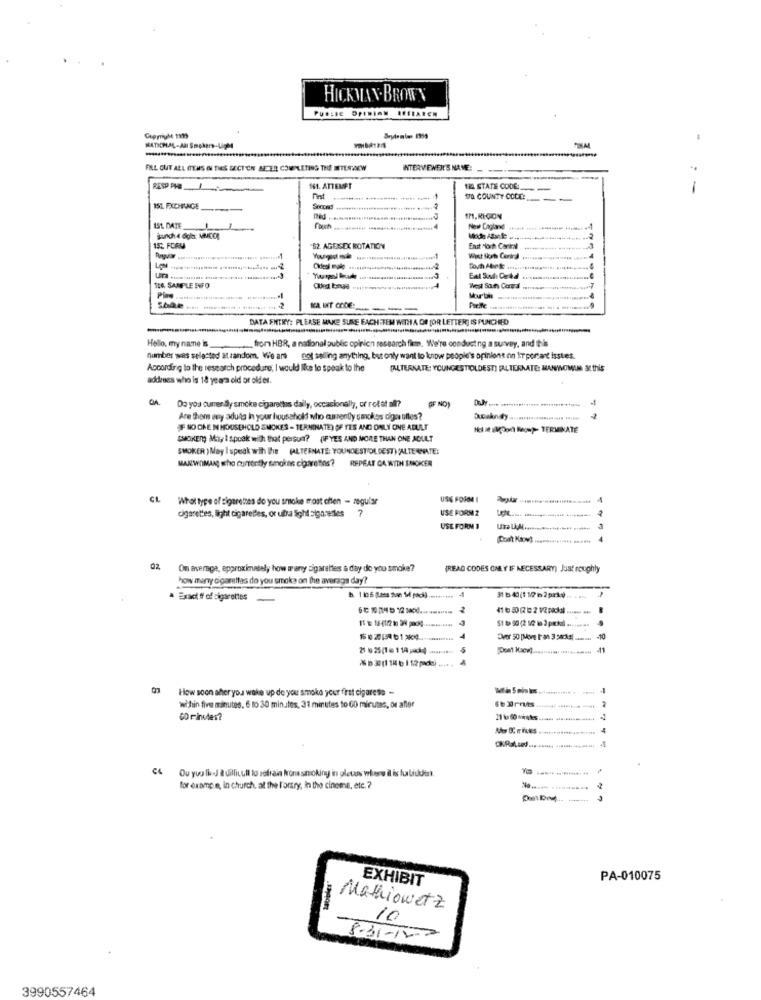
HICKMAN. BROWN
Puesse Drimian REEFAREN
MATICHAR-All Smokers-Ligh4
FAL OUT ALL ITEMS INI TIES SECT'CH BETER COMPLETING THE ETESTACW
INTERVIEWER'S NAME:
RESP PHO
161. ATTEMPT
114 STATE CODE
--
-
fint
WO COUNTY CODE:
151. FXCHLAGE
Socom!
med
IM.REGION
1St. DATE
....... 4
New England
IS: FORU
62 AGEISEX ROTATION
East Mloch Carkral
104. SAMPLE FOFO
West Saun Contal
2
--
DATA ENTRY: PLEASE MAKE SURE EACHITEM WITH A DE (OR LETTER] IS PUNCHED
Hello, my name is
from HBR, a national public opinion research firm. We're conducting a survey, and this
number was selected at random. We are not saling anything, but only want to know people's opinions on It portant isstes.
According to the research procedure; I would like to speak to the
(ALTERNATE: YOUNGESTIOLDEST] [ALTERNATE: MANWOWIN at this
addeuses who is 18 years old or older.
Do you currently smoke cigarettes daily, occasionally, or rot at all ??
SE NO)
Are them any adults in your household who currently smokes cigs oflos?
F NO ONE IN HOUSEHOLD SMOKES - TERMINATE) OF TES AND ONLY ONE ADULT
Hola kpon Mo=> TERMINATE
BOKEN) May I spook with that persun? (IFYES AND MORE THAN ONE ADULT
SMOKER ) May I speak with the (ALTERNATE: YOUNGESTOLDEST) ALTERNATE:
MAJWOMAN who contently smokine cigarenins?
REPEAT GA WITH SMOKER
CL
Whol type of cigarettes do you smoke most chen - regular
USE FORDE I
USE FORM 2
cigarettes, light cigarelfes, or ufra Sight cigarettes
USE FORM 1
02
On average, approximately how many cigarettes & day do you smoke?
(READ CODES ONLY IF NECESSARY) Just roughly
how many cigarettes do you smoke on the average day?
A Exact ff of cigarettes
31 5 40(1 19 62prkv).
If to 18-41/2 3 3N pool-
-10
21 6 25(16 114 ;***
How soon afteryou wake up de you smoka your first cigarese -
-
within five minutes, 6 to 30 minutes, 31 minutes to 60 minutes, or afler
CO minutes?
C4 Ou yuu li J ZuilliLull to refrain Non smoking in plevos where il is fuliuden.
for example, in church, at the l'orary, in the cinema, etc. ?
EXHIBIT
PA-010075
Mathiowetz
10
8-31-100
3990557464